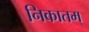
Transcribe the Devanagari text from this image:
निकातम्